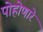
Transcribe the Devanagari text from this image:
पोहोणारे